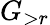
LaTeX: G_{>r}